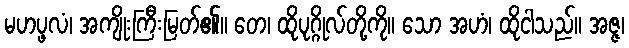
မဟပ္ဖလံ၊ အကျိုးကြီးမြတ်၏။ တေ၊ ထိုပုဂ္ဂိုလ်တို့ကို။ သော အဟံ၊ ထိုငါသည်။ အဇ္ဇ၊